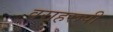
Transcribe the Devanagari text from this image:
वराहरूपी